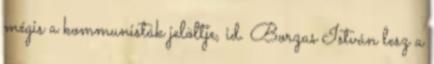
mégis a kommunisták jelöltje, id. Borzas István lesz a